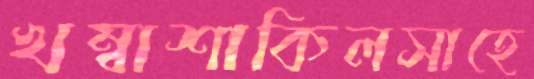
খম্বাশাকিলসাহে